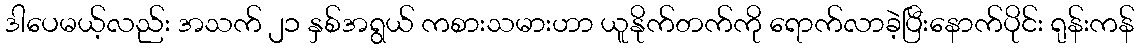
ဒါပေမယ့်လည်း အသက် ၂၁ နှစ်အရွယ် ကစားသမားဟာ ယူနိုက်တက်ကို ရောက်လာခဲ့ပြီးနောက်ပိုင်း ရုန်းကန်